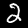
Digit: 2